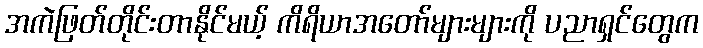
အကဲဖြတ်တိုင်းတာနိုင်မယ့် ကိရိယာအတော်များများကို ပညာရှင်တွေက